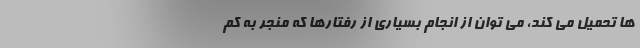
ها تحمیل می کند، می توان از انجام بسیاری از رفتارها که منجر به کم